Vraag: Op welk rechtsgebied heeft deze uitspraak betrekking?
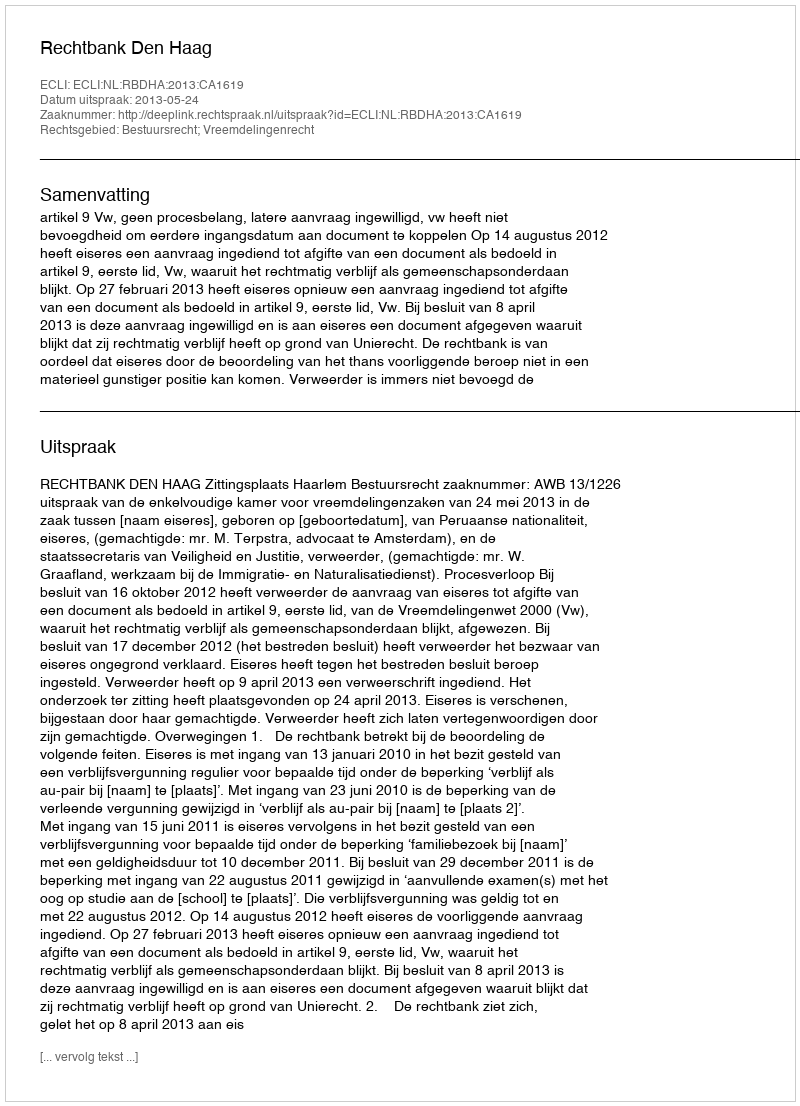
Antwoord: Bestuursrecht; Vreemdelingenrecht